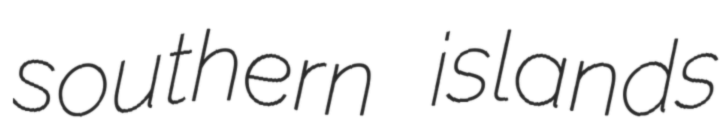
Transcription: southern islands